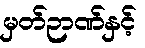
မှတ်ဉာဏ်နှင့်